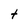
Character: t